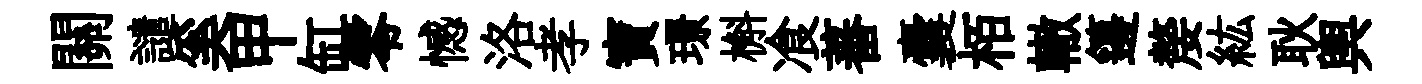
關譴奚甲缸零憾洛孝寶璟槲飡蕃囊栢轍籩嫠紘耿輿